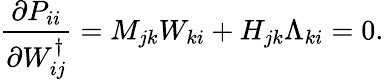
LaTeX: \frac{\partial P_{ii}}{\partial W_{ij}^{\dagger}}=M_{jk}W_{ki}+H_{jk}\Lambda_{ki}=0.